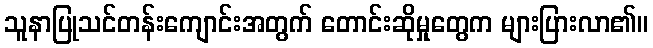
သူနာပြုသင်တန်းကျောင်းအတွက် တောင်းဆိုမှုတွေက များပြားလာ၏။